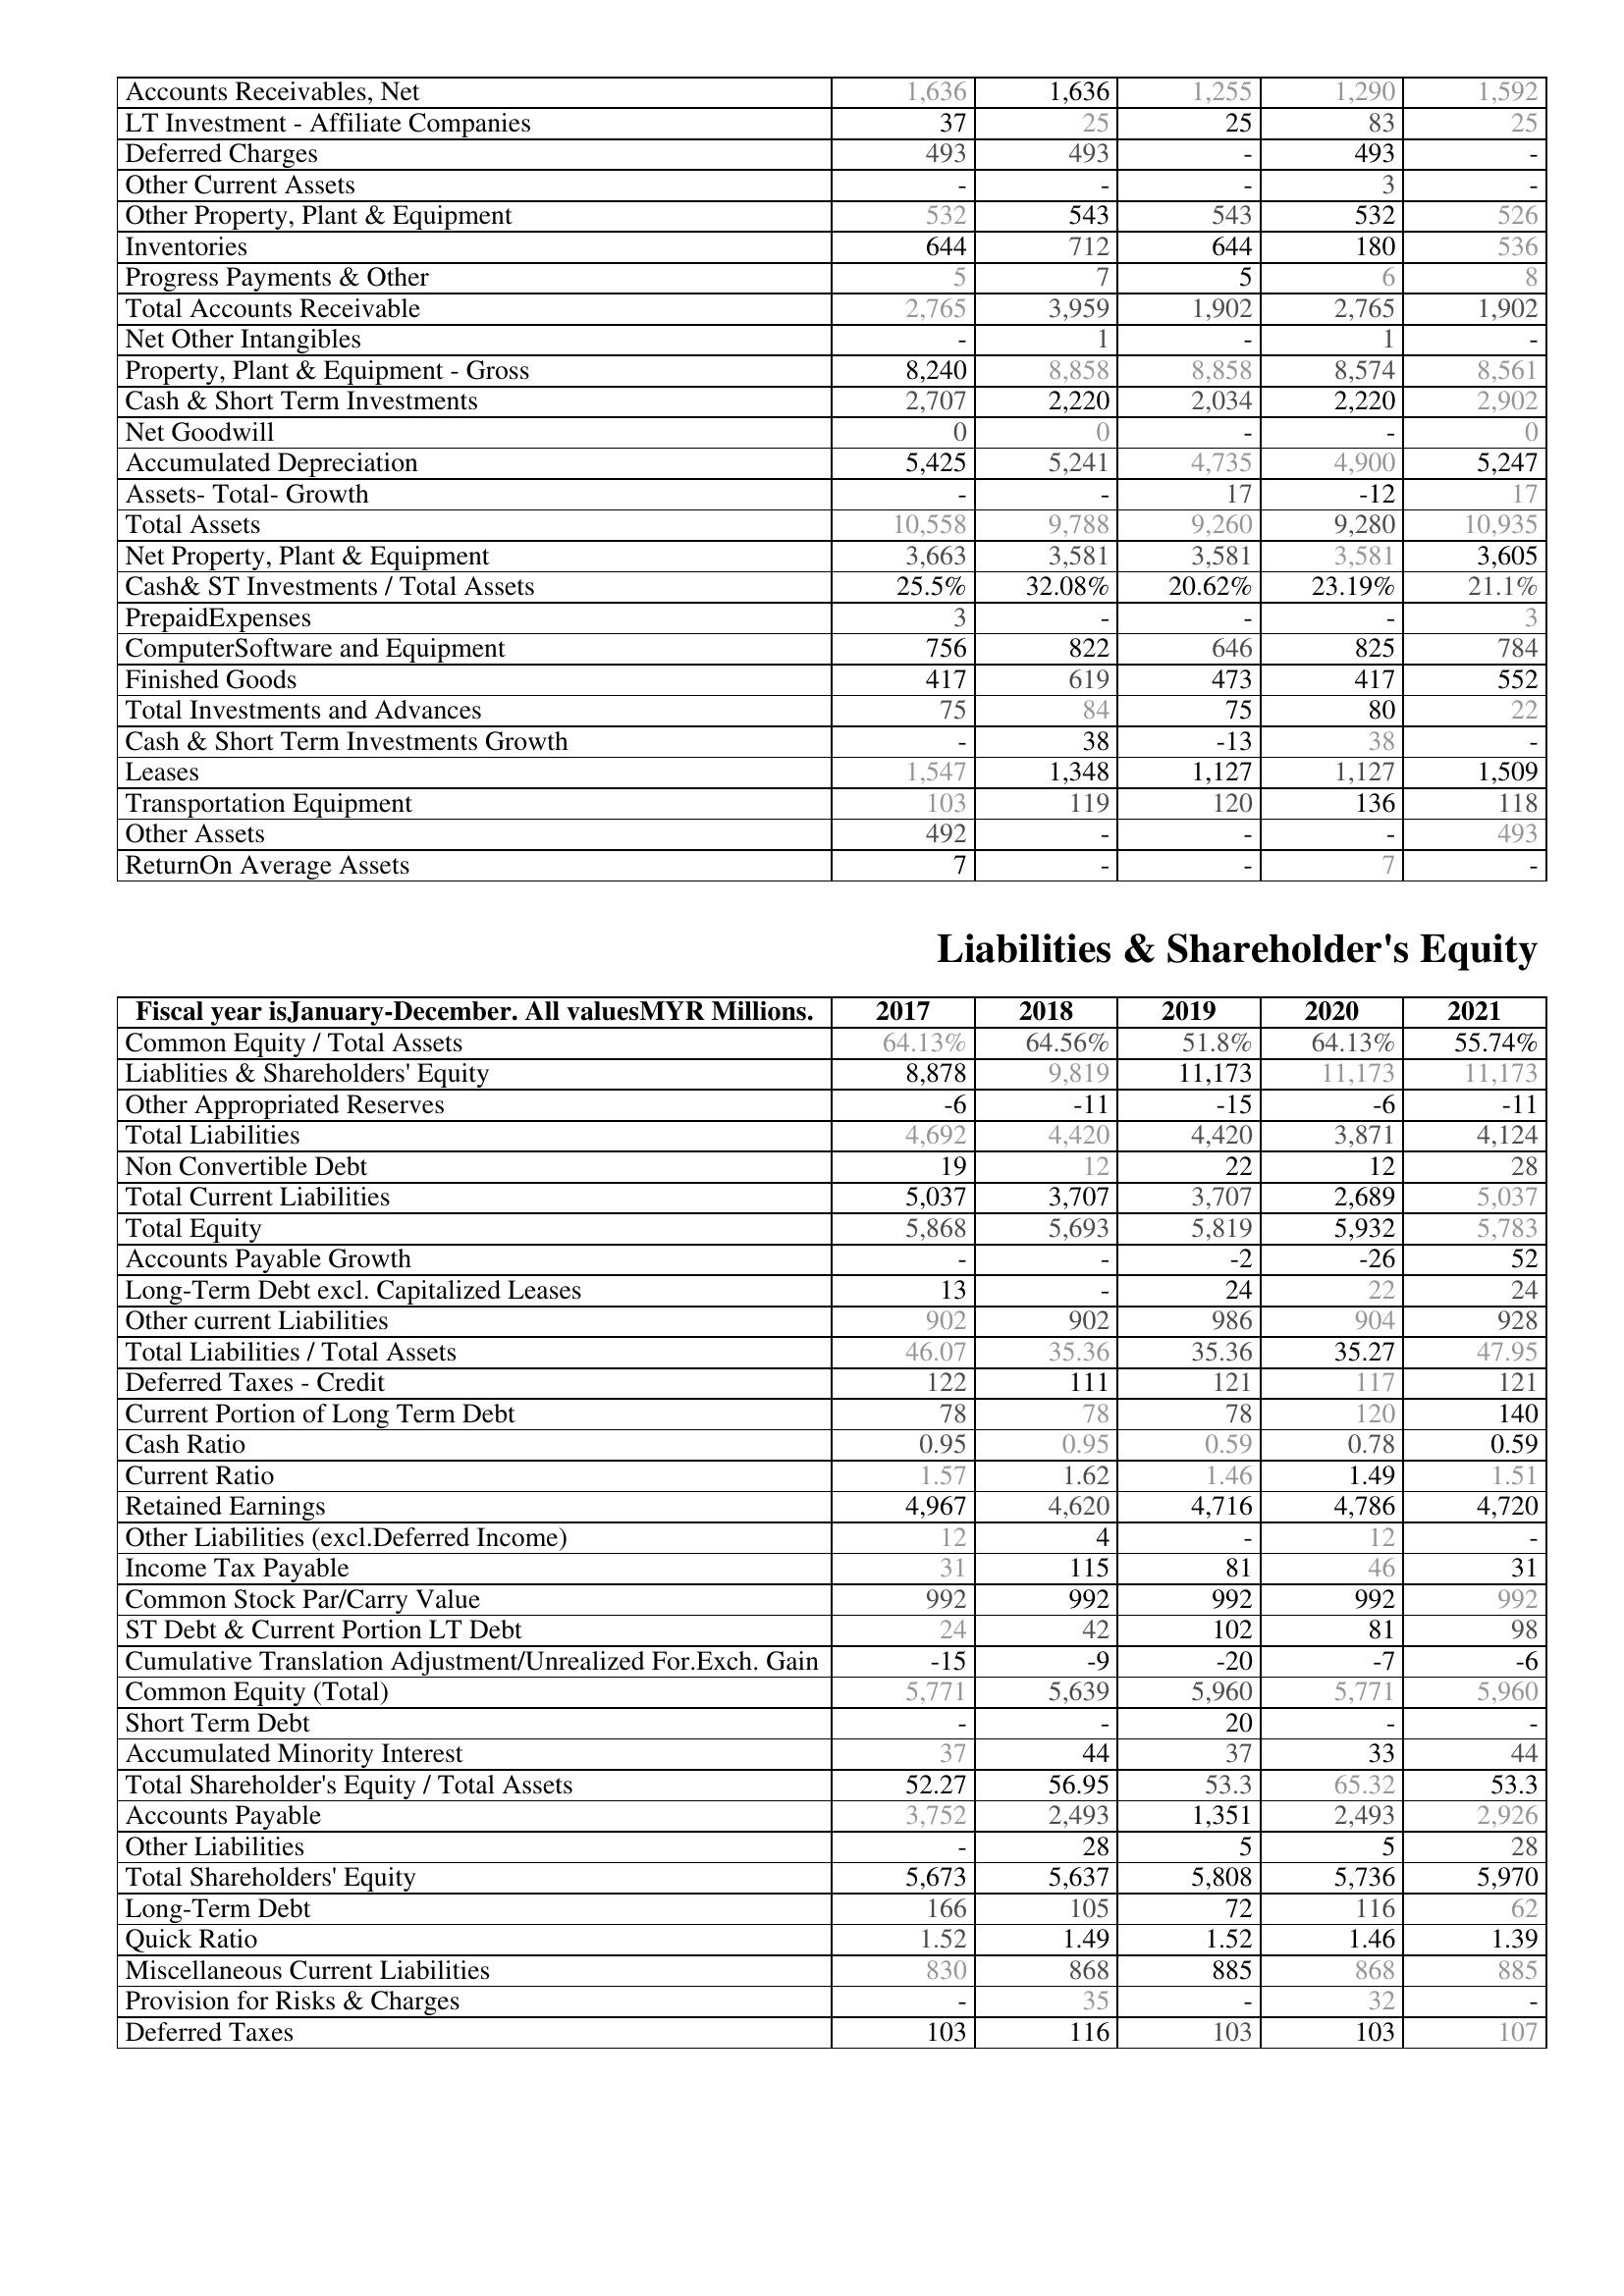
2017: Assets: Accounts Receivables, Net: 1,636
LT Investment - Affiliate Companies: 37
Deferred Charges: 493
Other Current Assets: -
Other Property, Plant & Equipment: 532
Inventories: 644
Progress Payments & Other: 5
Total Accounts Receivable: 2,765
Net Other Intangibles: -
Property, Plant & Equipment - Gross : 8,240
Cash & Short Term Investments: 2,707
Net Goodwill: 0
Accumulated Depreciation: 5,425
Assets- Total- Growth: -
Total Assets: 10,558
Net Property, Plant & Equipment: 3,663
Cash& ST Investments / Total Assets: 25.5%
PrepaidExpenses: 3
ComputerSoftware and Equipment: 756
Finished Goods: 417
Total Investments and Advances: 75
Cash & Short Term Investments Growth: -
Leases: 1,547
Transportation Equipment: 103
Other Assets: 492
ReturnOn Average Assets: 7
Liabilities & Shareholder's Equity: Common Equity / Total Assets: 64.13%
Liablities & Shareholders' Equity: 8,878
Other Appropriated Reserves: -6
Total Liabilities: 4,692
Non Convertible Debt: 19
Total Current Liabilities: 5,037
Total Equity: 5,868
Accounts Payable Growth: -
Long-Term Debt excl. Capitalized Leases: 13
Other current Liabilities: 902
Total Liabilities / Total Assets: 46.07
Deferred Taxes - Credit: 122
Current Portion of Long Term Debt: 78
Cash Ratio: 0.95
Current Ratio: 1.57
Retained Earnings: 4,967
Other Liabilities (excl.Deferred Income): 12
Income Tax Payable: 31
Common Stock Par/Carry Value: 992
ST Debt & Current Portion LT Debt: 24
Cumulative Translation Adjustment/Unrealized For.Exch. Gain: -15
Common Equity (Total): 5,771
Short Term Debt: -
Accumulated Minority Interest: 37
Total Shareholder's Equity / Total Assets: 52.27
Accounts Payable: 3,752
Other Liabilities: -
Total Shareholders' Equity: 5,673
Long-Term Debt: 166
Quick Ratio: 1.52
Miscellaneous Current Liabilities: 830
Provision for Risks & Charges: -
Deferred Taxes: 103
2018: Assets: Accounts Receivables, Net: 1,636
LT Investment - Affiliate Companies: 25
Deferred Charges: 493
Other Current Assets: -
Other Property, Plant & Equipment: 543
Inventories: 712
Progress Payments & Other: 7
Total Accounts Receivable: 3,959
Net Other Intangibles: 1
Property, Plant & Equipment - Gross : 8,858
Cash & Short Term Investments: 2,220
Net Goodwill: 0
Accumulated Depreciation: 5,241
Assets- Total- Growth: -
Total Assets: 9,788
Net Property, Plant & Equipment: 3,581
Cash& ST Investments / Total Assets: 32.08%
PrepaidExpenses: -
ComputerSoftware and Equipment: 822
Finished Goods: 619
Total Investments and Advances: 84
Cash & Short Term Investments Growth: 38
Leases: 1,348
Transportation Equipment: 119
Other Assets: -
ReturnOn Average Assets: -
Liabilities & Shareholder's Equity: Common Equity / Total Assets: 64.56%
Liablities & Shareholders' Equity: 9,819
Other Appropriated Reserves: -11
Total Liabilities: 4,420
Non Convertible Debt: 12
Total Current Liabilities: 3,707
Total Equity: 5,693
Accounts Payable Growth: -
Long-Term Debt excl. Capitalized Leases: -
Other current Liabilities: 902
Total Liabilities / Total Assets: 35.36
Deferred Taxes - Credit: 111
Current Portion of Long Term Debt: 78
Cash Ratio: 0.95
Current Ratio: 1.62
Retained Earnings: 4,620
Other Liabilities (excl.Deferred Income): 4
Income Tax Payable: 115
Common Stock Par/Carry Value: 992
ST Debt & Current Portion LT Debt: 42
Cumulative Translation Adjustment/Unrealized For.Exch. Gain: -9
Common Equity (Total): 5,639
Short Term Debt: -
Accumulated Minority Interest: 44
Total Shareholder's Equity / Total Assets: 56.95
Accounts Payable: 2,493
Other Liabilities: 28
Total Shareholders' Equity: 5,637
Long-Term Debt: 105
Quick Ratio: 1.49
Miscellaneous Current Liabilities: 868
Provision for Risks & Charges: 35
Deferred Taxes: 116
2019: Assets: Accounts Receivables, Net: 1,255
LT Investment - Affiliate Companies: 25
Deferred Charges: -
Other Current Assets: -
Other Property, Plant & Equipment: 543
Inventories: 644
Progress Payments & Other: 5
Total Accounts Receivable: 1,902
Net Other Intangibles: -
Property, Plant & Equipment - Gross : 8,858
Cash & Short Term Investments: 2,034
Net Goodwill: -
Accumulated Depreciation: 4,735
Assets- Total- Growth: 17
Total Assets: 9,260
Net Property, Plant & Equipment: 3,581
Cash& ST Investments / Total Assets: 20.62%
PrepaidExpenses: -
ComputerSoftware and Equipment: 646
Finished Goods: 473
Total Investments and Advances: 75
Cash & Short Term Investments Growth: -13
Leases: 1,127
Transportation Equipment: 120
Other Assets: -
ReturnOn Average Assets: -
Liabilities & Shareholder's Equity: Common Equity / Total Assets: 51.8%
Liablities & Shareholders' Equity: 11,173
Other Appropriated Reserves: -15
Total Liabilities: 4,420
Non Convertible Debt: 22
Total Current Liabilities: 3,707
Total Equity: 5,819
Accounts Payable Growth: -2
Long-Term Debt excl. Capitalized Leases: 24
Other current Liabilities: 986
Total Liabilities / Total Assets: 35.36
Deferred Taxes - Credit: 121
Current Portion of Long Term Debt: 78
Cash Ratio: 0.59
Current Ratio: 1.46
Retained Earnings: 4,716
Other Liabilities (excl.Deferred Income): -
Income Tax Payable: 81
Common Stock Par/Carry Value: 992
ST Debt & Current Portion LT Debt: 102
Cumulative Translation Adjustment/Unrealized For.Exch. Gain: -20
Common Equity (Total): 5,960
Short Term Debt: 20
Accumulated Minority Interest: 37
Total Shareholder's Equity / Total Assets: 53.3
Accounts Payable: 1,351
Other Liabilities: 5
Total Shareholders' Equity: 5,808
Long-Term Debt: 72
Quick Ratio: 1.52
Miscellaneous Current Liabilities: 885
Provision for Risks & Charges: -
Deferred Taxes: 103
2020: Assets: Accounts Receivables, Net: 1,290
LT Investment - Affiliate Companies: 83
Deferred Charges: 493
Other Current Assets: 3
Other Property, Plant & Equipment: 532
Inventories: 180
Progress Payments & Other: 6
Total Accounts Receivable: 2,765
Net Other Intangibles: 1
Property, Plant & Equipment - Gross : 8,574
Cash & Short Term Investments: 2,220
Net Goodwill: -
Accumulated Depreciation: 4,900
Assets- Total- Growth: -12
Total Assets: 9,280
Net Property, Plant & Equipment: 3,581
Cash& ST Investments / Total Assets: 23.19%
PrepaidExpenses: -
ComputerSoftware and Equipment: 825
Finished Goods: 417
Total Investments and Advances: 80
Cash & Short Term Investments Growth: 38
Leases: 1,127
Transportation Equipment: 136
Other Assets: -
ReturnOn Average Assets: 7
Liabilities & Shareholder's Equity: Common Equity / Total Assets: 64.13%
Liablities & Shareholders' Equity: 11,173
Other Appropriated Reserves: -6
Total Liabilities: 3,871
Non Convertible Debt: 12
Total Current Liabilities: 2,689
Total Equity: 5,932
Accounts Payable Growth: -26
Long-Term Debt excl. Capitalized Leases: 22
Other current Liabilities: 904
Total Liabilities / Total Assets: 35.27
Deferred Taxes - Credit: 117
Current Portion of Long Term Debt: 120
Cash Ratio: 0.78
Current Ratio: 1.49
Retained Earnings: 4,786
Other Liabilities (excl.Deferred Income): 12
Income Tax Payable: 46
Common Stock Par/Carry Value: 992
ST Debt & Current Portion LT Debt: 81
Cumulative Translation Adjustment/Unrealized For.Exch. Gain: -7
Common Equity (Total): 5,771
Short Term Debt: -
Accumulated Minority Interest: 33
Total Shareholder's Equity / Total Assets: 65.32
Accounts Payable: 2,493
Other Liabilities: 5
Total Shareholders' Equity: 5,736
Long-Term Debt: 116
Quick Ratio: 1.46
Miscellaneous Current Liabilities: 868
Provision for Risks & Charges: 32
Deferred Taxes: 103
2021: Assets: Accounts Receivables, Net: 1,592
LT Investment - Affiliate Companies: 25
Deferred Charges: -
Other Current Assets: -
Other Property, Plant & Equipment: 526
Inventories: 536
Progress Payments & Other: 8
Total Accounts Receivable: 1,902
Net Other Intangibles: -
Property, Plant & Equipment - Gross : 8,561
Cash & Short Term Investments: 2,902
Net Goodwill: 0
Accumulated Depreciation: 5,247
Assets- Total- Growth: 17
Total Assets: 10,935
Net Property, Plant & Equipment: 3,605
Cash& ST Investments / Total Assets: 21.1%
PrepaidExpenses: 3
ComputerSoftware and Equipment: 784
Finished Goods: 552
Total Investments and Advances: 22
Cash & Short Term Investments Growth: -
Leases: 1,509
Transportation Equipment: 118
Other Assets: 493
ReturnOn Average Assets: -
Liabilities & Shareholder's Equity: Common Equity / Total Assets: 55.74%
Liablities & Shareholders' Equity: 11,173
Other Appropriated Reserves: -11
Total Liabilities: 4,124
Non Convertible Debt: 28
Total Current Liabilities: 5,037
Total Equity: 5,783
Accounts Payable Growth: 52
Long-Term Debt excl. Capitalized Leases: 24
Other current Liabilities: 928
Total Liabilities / Total Assets: 47.95
Deferred Taxes - Credit: 121
Current Portion of Long Term Debt: 140
Cash Ratio: 0.59
Current Ratio: 1.51
Retained Earnings: 4,720
Other Liabilities (excl.Deferred Income): -
Income Tax Payable: 31
Common Stock Par/Carry Value: 992
ST Debt & Current Portion LT Debt: 98
Cumulative Translation Adjustment/Unrealized For.Exch. Gain: -6
Common Equity (Total): 5,960
Short Term Debt: -
Accumulated Minority Interest: 44
Total Shareholder's Equity / Total Assets: 53.3
Accounts Payable: 2,926
Other Liabilities: 28
Total Shareholders' Equity: 5,970
Long-Term Debt: 62
Quick Ratio: 1.39
Miscellaneous Current Liabilities: 885
Provision for Risks & Charges: -
Deferred Taxes: 107